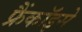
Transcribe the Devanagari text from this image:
फ्रैंकॉइसे